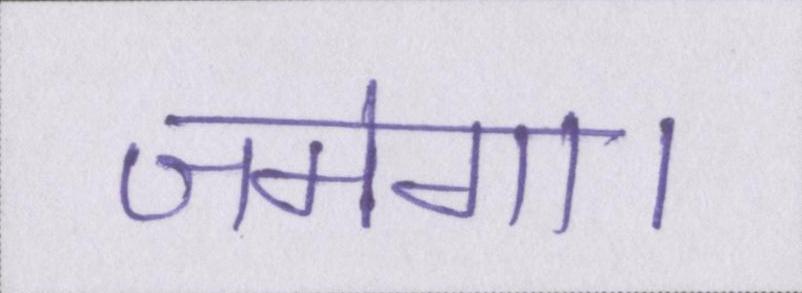
जमेगा।